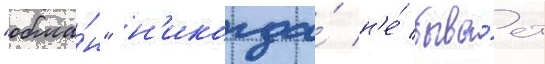
"обма́н" н'икогда́ н'е́ быва́ет